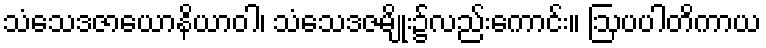
သံသေဒဇာယောနိယာဝါ၊ သံသေဒဇမျိုး၌လည်းကောင်း။ ဩပပါတိကာယ